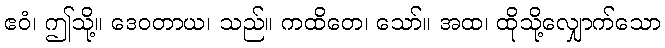
ဧဝံ၊ ဤသို့။ ဒေဝတာယ၊ သည်။ ကထိတေ၊ သော်။ အထ၊ ထိုသို့လျှောက်သော